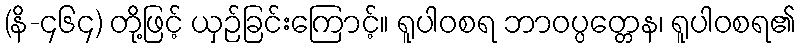
(နိ-၄၆၄) တို့ဖြင့် ယှဉ်ခြင်းကြောင့်။ ရူပါဝစရ ဘာဝပ္ပတ္တေန၊ ရူပါဝစရ၏